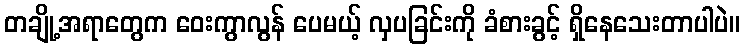
တချို့အရာတွေက ဝေးကွာလွန် ပေမယ့် လှပခြင်းကို ခံစားခွင့် ရှိနေသေးတာပါပဲ။